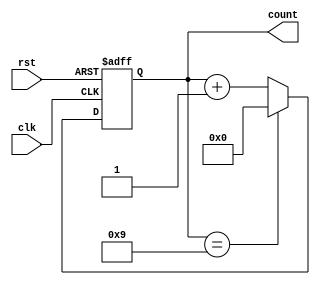
module CascadedCounter (
    input wire clk,
    input wire rst,
    output reg [3:0] count
);

reg [3:0] stage1_count;
reg [3:0] stage2_count;
reg [3:0] stage3_count;
reg [3:0] stage4_count;

always @(posedge clk or posedge rst) begin
    if (rst) begin
        stage1_count <= 4'd0;
        stage2_count <= 4'd0;
        stage3_count <= 4'd0;
        stage4_count <= 4'd0;
    end else begin
        stage1_count <= stage1_count + 4'd1;
        if (stage1_count == 4'd9) begin
            stage1_count <= 4'd0;
            stage2_count <= stage2_count + 4'd1;
            if (stage2_count == 4'd9) begin
                stage2_count <= 4'd0;
                stage3_count <= stage3_count + 4'd1;
                if (stage3_count == 4'd9) begin
                    stage3_count <= 4'd0;
                    stage4_count <= stage4_count + 4'd1;
                    if (stage4_count == 4'd9) begin
                        stage4_count <= 4'd0;
                    end
                end
            end
        end
    end
end

assign count = {stage4_count, stage3_count, stage2_count, stage1_count};

endmodule